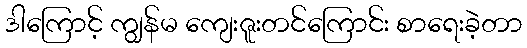
ဒါကြောင့် ကျွန်မ ကျေးဇူးတင်ကြောင်း စာရေးခဲ့တာ